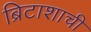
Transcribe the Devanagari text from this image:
ब्रिटाशाची